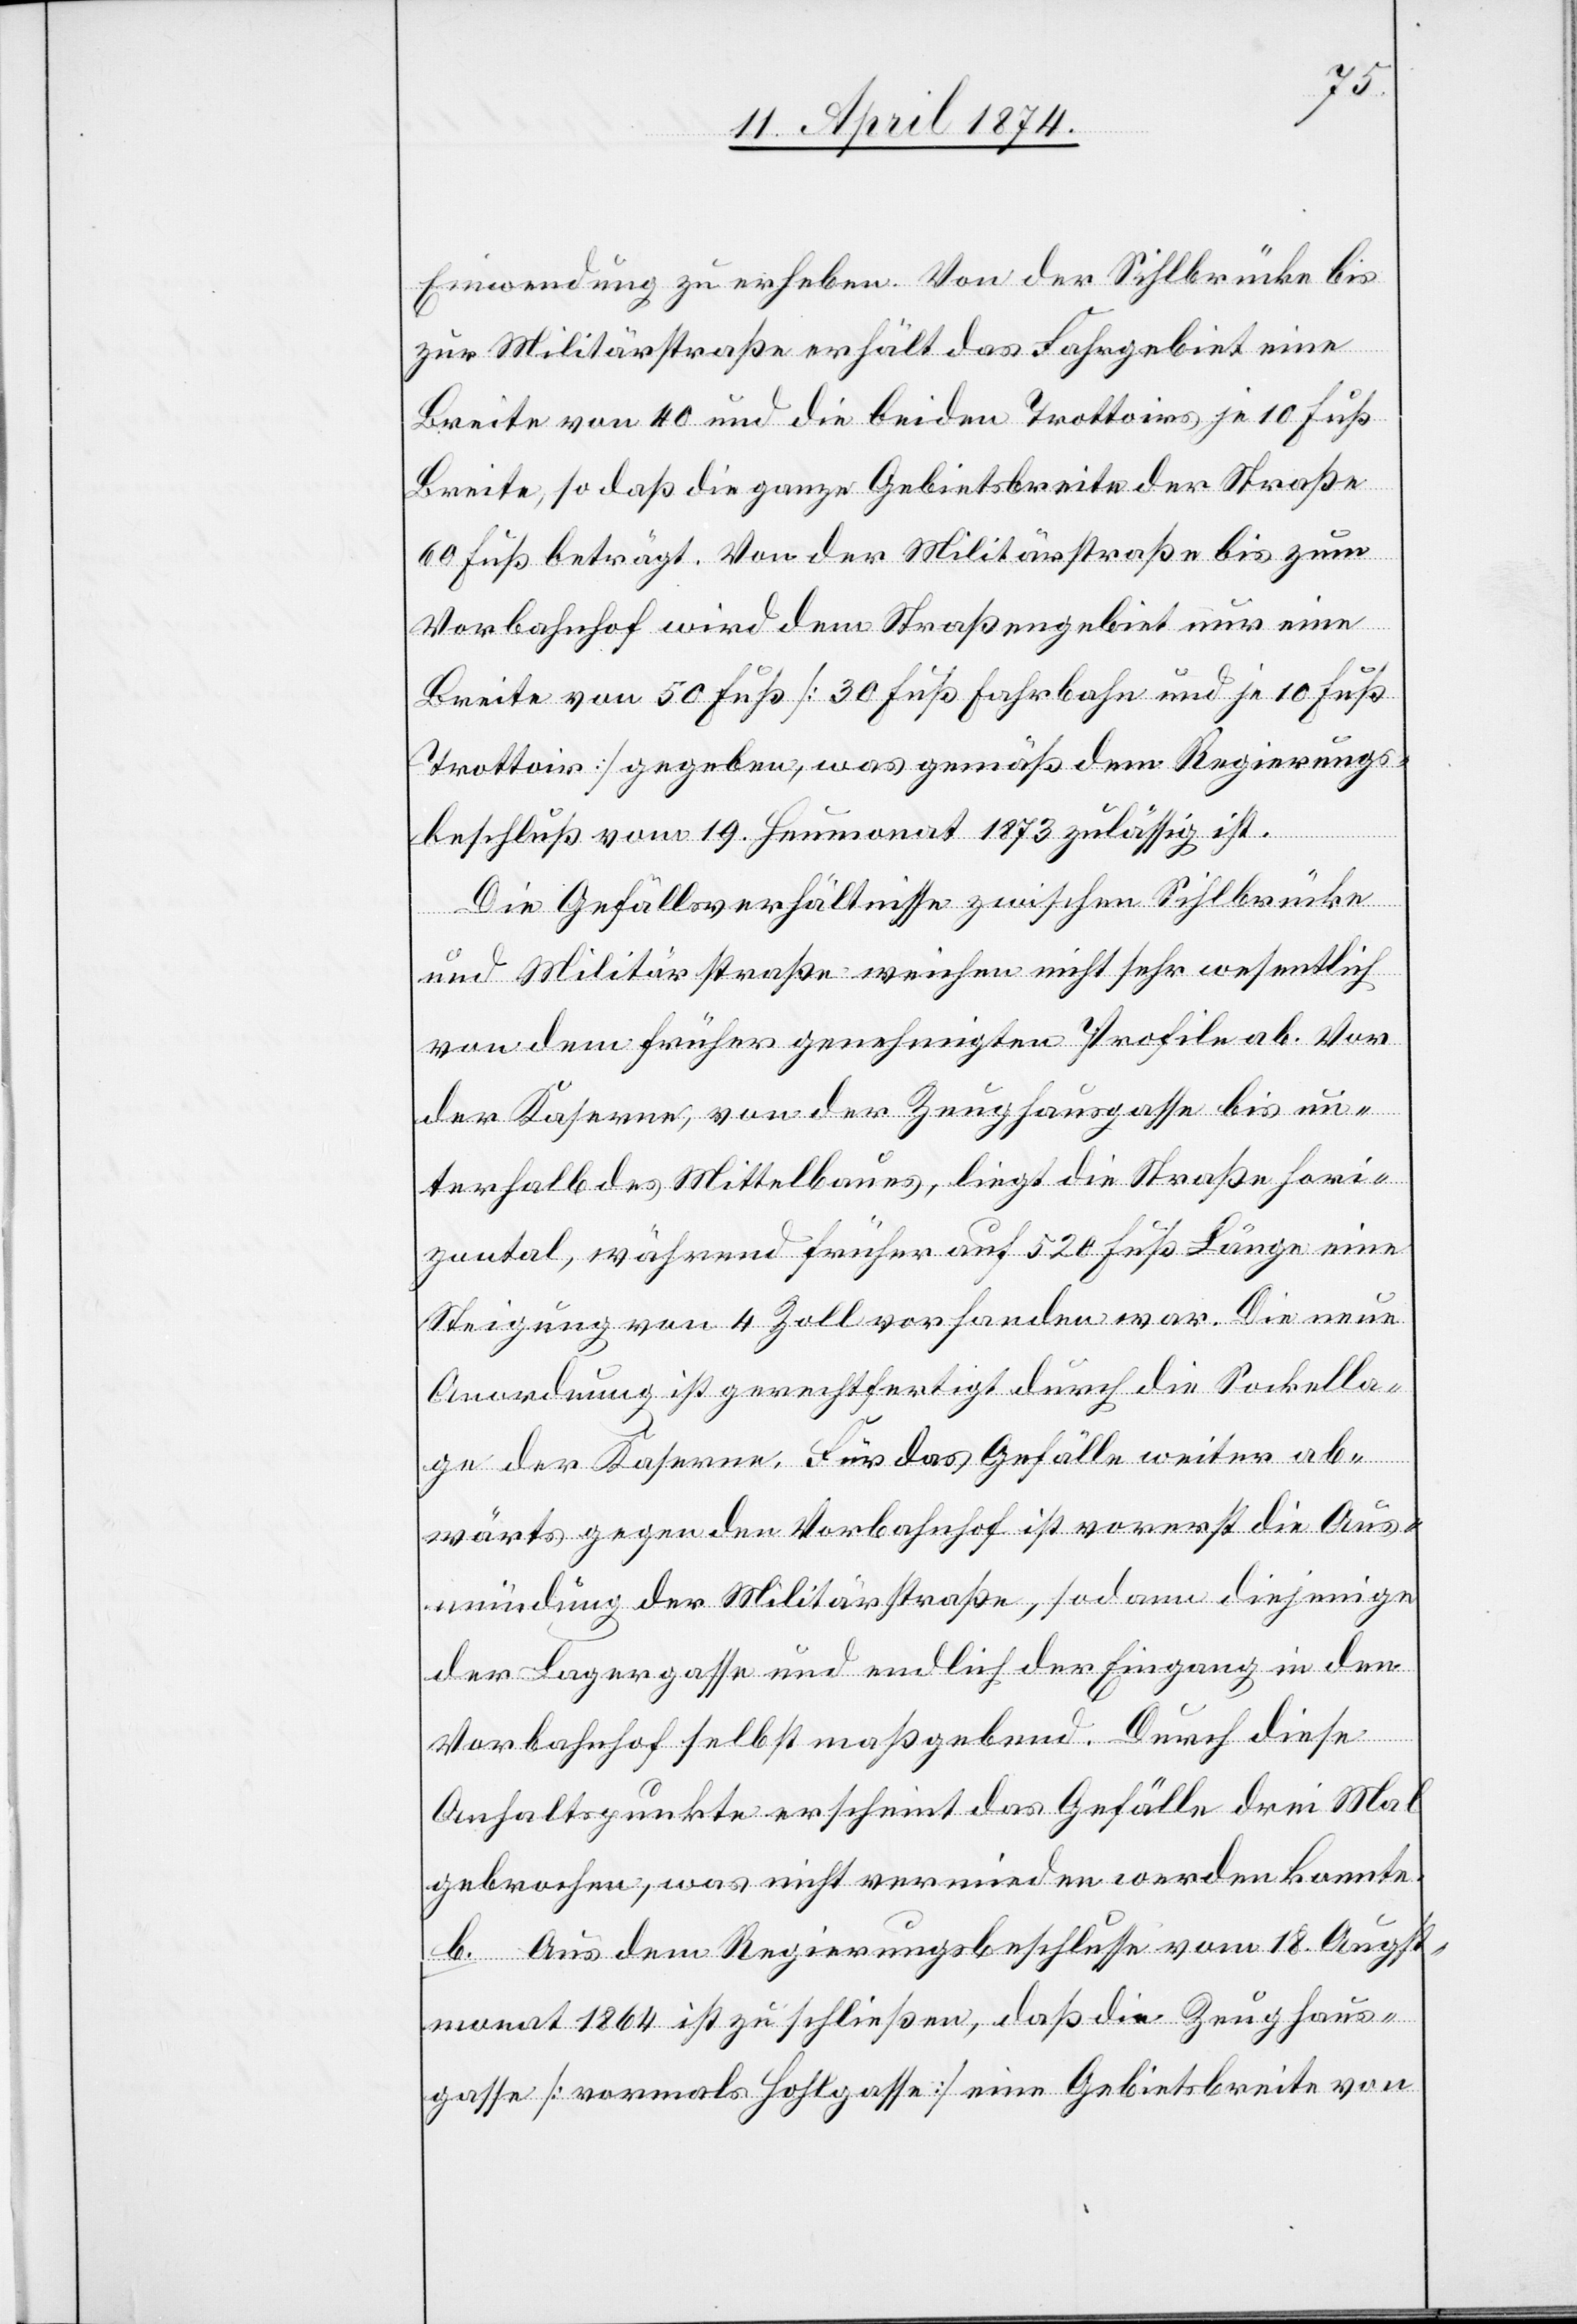
Einwendung zu erheben. Von der Sihlbrücke bis
zur Militärstraße erhält das Fahrgebiet eine
Breite von 40 und die beiden Trottoirs je 10 Fuß
Breite, so daß die ganze Gebietsbreite der Straße
60 Fuß beträgt. Von der Militärstraße bis zum
Vorbahnhof wird dem Straßengebiet nur eine
Breite von 50 Fuß [30 Fuß Fahrbahn und je 10 Fuß
Trottoir] gegeben, was gemäß dem Regierungs¬
beschluß vom 19. Heumonat 1873 zulässig ist.
Die Gefällsverhältnisse zwischen Sihlbrücke
und Militärstraße weichen nicht sehr wesentlich
von dem früher genehmigten Profile ab. Vor
der Kaserne, von der Zeughausgasse bis un¬
terhalb des Mittelbaues, liegt die Straße hori¬
zontal, während früher auf 520 Fuß Länge eine
Steigung von 4 Zoll vorhanden war. Die neue
Anordnung ist gerechtfertigt durch die Sockella¬
ge der Kaserne. Für das Gefälle weiter ab¬
wärts gegen den Vorbahnhof ist vorerst die Aus¬
mündung der Militärstraße, sodann diejenige
der Lagergasse und endlich der Eingang in den
Vorbahnhof selbst maßgebend. Durch diese
Anhaltspunkte erscheint das Gefälle drei Mal
gebrochen, was nicht vermieden werden konnte.
b. Aus dem Regierungsbeschlusse vom 18. Augst¬
monat 1864 ist zu schließen, daß die Zeughaus¬
gasse [vormals Hohlgasse] eine Gebietsbreite von